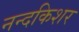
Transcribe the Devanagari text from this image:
नन्दकिशर